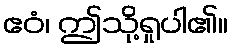
ဧဝံ၊ ဤသို့ရှုပါ၏။